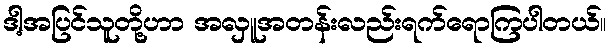
ဒါ့အပြင်သူတို့ဟာ အလှူအတန်းလည်းရက်ရောကြပါတယ်။